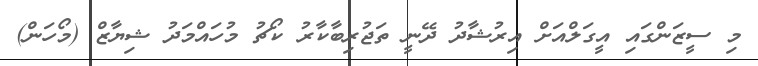
މި ސީޒަންގައި އީގަލްއަށް އިރުޝާދު ދޭނީ ތަޖުރިބާކާރު ކޯޗު މުހައްމަދު ޝިޔާޒް (މޯހަން)